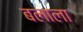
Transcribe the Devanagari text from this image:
बलाला